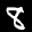
Label: 8